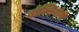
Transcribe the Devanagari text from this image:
बोक्सियोनी